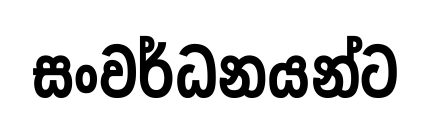
සංවර්ධනයන්ට